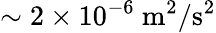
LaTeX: \sim 2\times 10^{-6}~\mathrm{{m^{2}/s^{2}}}